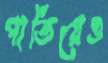
পাতিয়েও